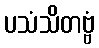
ပသံသိတဗ္ဗံ